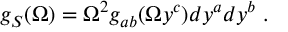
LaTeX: g _ { S } ( \Omega ) = \Omega ^ { 2 } g _ { a b } ( \Omega y ^ { c } ) d y ^ { a } d y ^ { b } ~ .